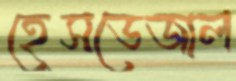
হেসডেজাল